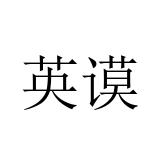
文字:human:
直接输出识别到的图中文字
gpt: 英谟